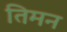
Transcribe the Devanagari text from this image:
तिमन